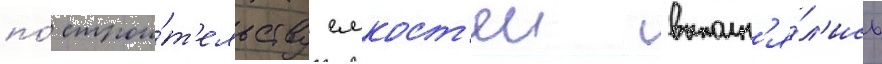
по́ строи́т'ельству емкост'еи выполн'я́л'ись